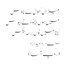
میزاں کھول کے ناؤس
میں ہوں بیخود تے بیوس
کیتا میں نوں برھہ بیکس
دوا ہے درد دیدارا
(روپ آسا)